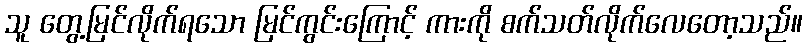
သူ တွေ့မြင်လိုက်ရသော မြင်ကွင်းကြောင့် ကားကို စက်သတ်လိုက်လေတော့သည်။